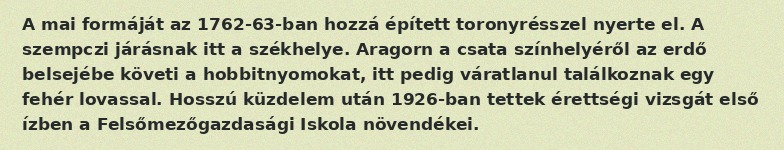
A mai formáját az 1762-63-ban hozzá épített toronyrésszel nyerte el. A szempczi járásnak itt a székhelye. Aragorn a csata színhelyéről az erdő belsejébe követi a hobbitnyomokat, itt pedig váratlanul találkoznak egy fehér lovassal. Hosszú küzdelem után 1926-ban tettek érettségi vizsgát első ízben a Felsőmezőgazdasági Iskola növendékei.